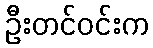
ဦးတင်ဝင်းက